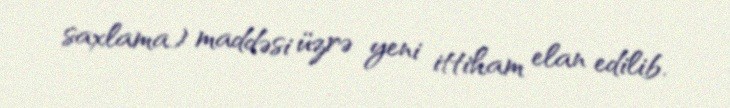
saxlama) maddəsi üzrə yeni ittiham elan edilib.